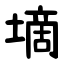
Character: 墑